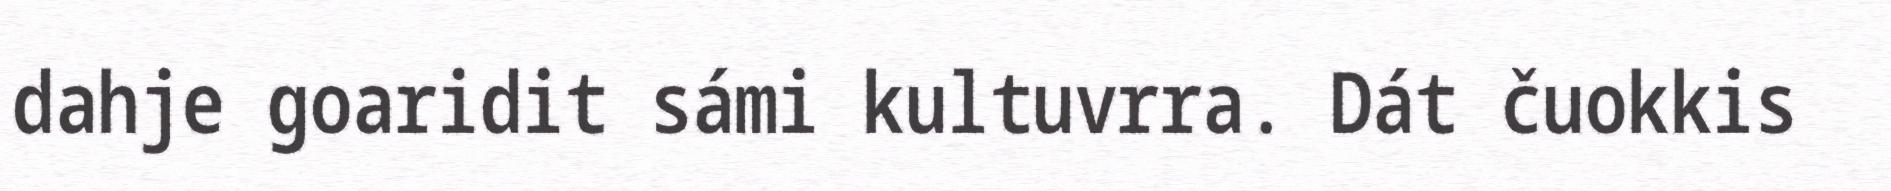
dahje goaridit sámi kultuvrra. Dát čuokkis